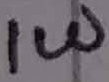
Text: 1W